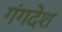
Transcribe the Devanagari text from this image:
गंगदेश